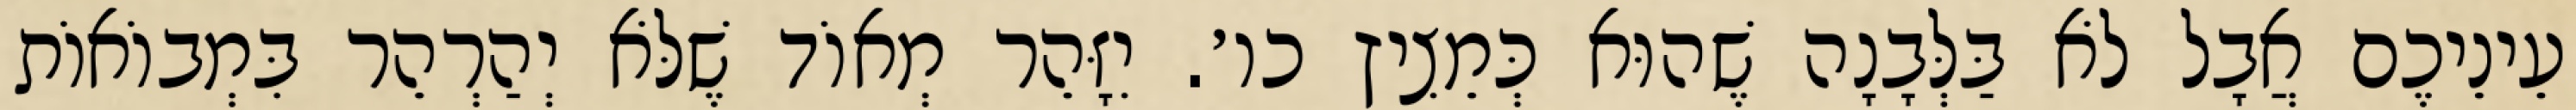
עֵינֵיכֶם אֲבָל לֹא בַּלְּבָנָה שֶׁהוּא כְּמֵצִיץ כו׳. יִזָּהֵר מְאוֹד שֶׁלֹּא יְהַרְהֵר בִּמְבוֹאוֹת